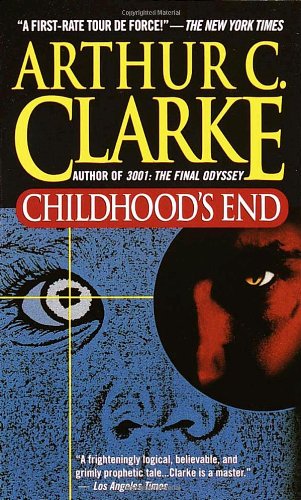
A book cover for Childhood's End; Arthur C. Clarke; Science Fiction & Fantasy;